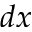
d x